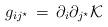
LaTeX: \begin{align*}g_{i j^\star}\, =\,\partial_i\partial_{j^\star}{\cal K}\end{align*}